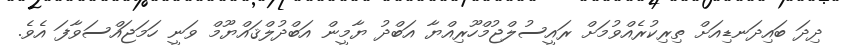
ދިދަ ބައިދަނޑިއަށް ތިރިކުރެއްވުމަށް ރައީސުލްޖުމްހޫރިއްޔާ އަބްދު ޔާމީން އަބްދުލްޤައްޔޫމް ވަނީ ހަމަޖައްސަވާފަ އެވެ.